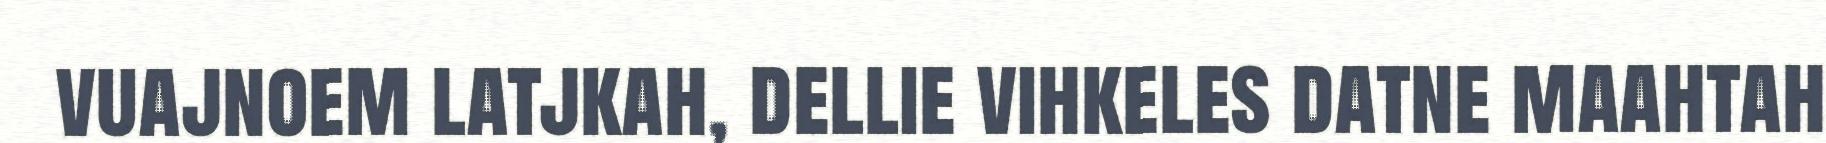
vuajnoem latjkah, dellie vihkeles datne maahtah